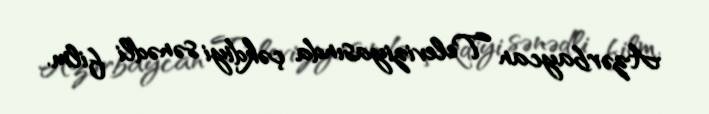
Azərbaycan Televiziyasında çəkdiyi sənədli film.